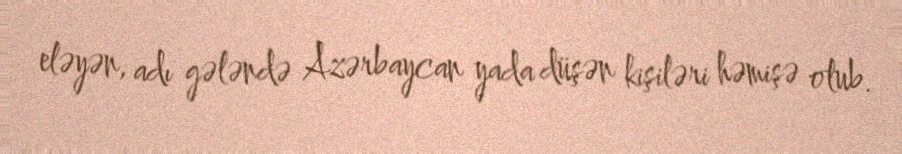
eləyən, adı gələndə Azərbaycan yada düşən kişiləri həmişə olub.